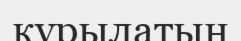
кұрылатын